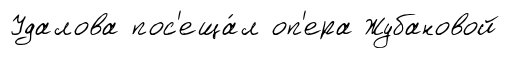
Удалова пос'еща́л оп'ера Жубановой